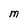
Character: M